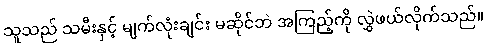
သူသည် သမီးနှင့် မျက်လုံးချင်း မဆိုင်ဘဲ အကြည့်ကို လွှဲဖယ်လိုက်သည်။